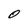
Character: 0